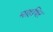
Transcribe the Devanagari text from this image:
माहथिर